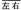
左右